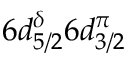
6 d _ { 5 / 2 } ^ { \delta } 6 d _ { 3 / 2 } ^ { \pi }